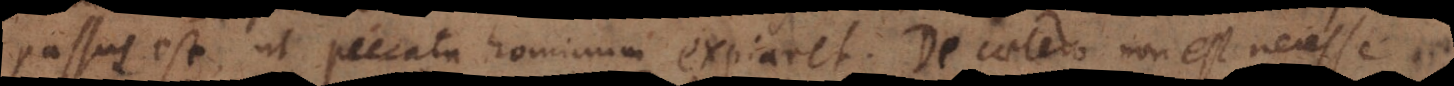
passus est, ut peccata hominum expiaret. De caetero non est necesse,